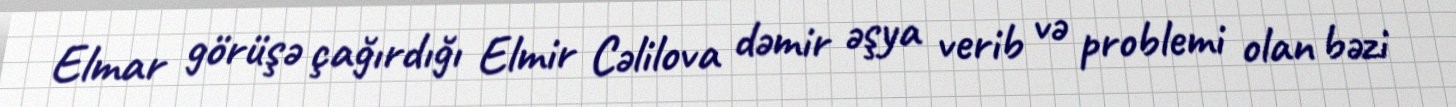
Elmar görüşə çağırdığı Elmir Cəlilova dəmir əşya verib və problemi olan bəzi